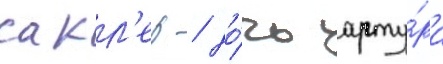
сакл'ер / до́чь арту́ра